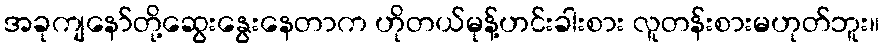
အခုကျနော်တို့ဆွေးနွေးနေတာက ဟိုတယ်မုန့်ဟင်းခါးစား လူတန်းစားမဟုတ်ဘူး။